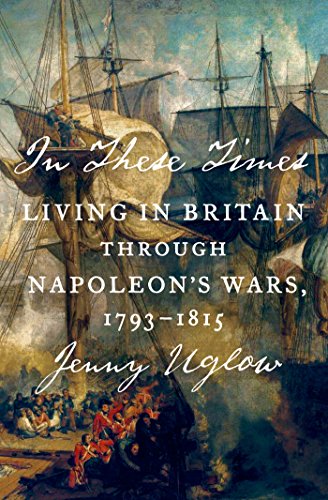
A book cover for In These Times: Living in Britain Through Napoleon's Wars, 1793-1815; Jenny Uglow; History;